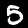
Digit: 5